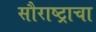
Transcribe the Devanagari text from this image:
सौराष्ट्राचा